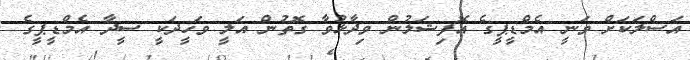
އަސްލަކަށް ވަނީ އެމްޑީޕީގެ އޮފިޝަލުން ވިދާޅުވާ ގޮތުން އަލީ ވަހީދަކީ ސީދާ އެމްޑީޕީގެ